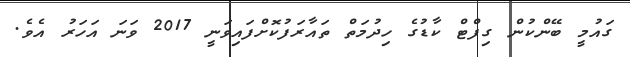
ގައުމީ ބޭންކުން ގިފްޓް ކާޑުގެ ހިދުމަތް ތައާރަފުކޮށްފައިވަނީ 2017 ވަނަ އަހަރު އެވެ.